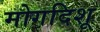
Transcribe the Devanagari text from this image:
मोगदिशू